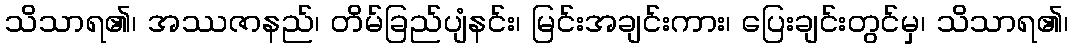
သိသာရ၏၊ အဿဇာနည်၊ တိမ်ခြည်ပျံနင်း၊ မြင်းအချင်းကား၊ ပြေးချင်းတွင်မှ၊ သိသာရ၏၊